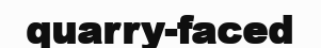
quarry-faced